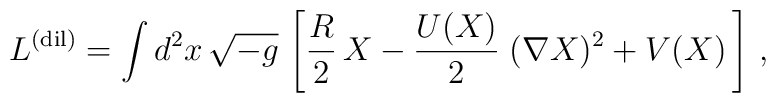
L^{\rm (dil)}=\int d^{2}x\, \sqrt{-g}\, \left[ \frac{R}{2}\, X-\frac{U(X)}{2}\; (\nabla X)^{2}+V(X)\, \right] \, ,